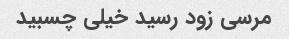
مرسی زود رسید خیلی چسبید